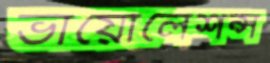
ভায়োলেশন্স